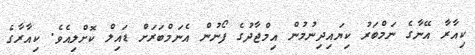
ކިއާރާ އޭނާގެ ނަމްބަރު ކިޔައިދިނުމުން އިމްޖާދުގެ ފޯނުން އެނަމްބަރަށް ޑައިލް ކޮށްލިއެވެ. ކިއާރާގެ